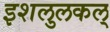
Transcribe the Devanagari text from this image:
इशलुलकल्